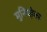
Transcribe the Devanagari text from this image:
मुनियो़का